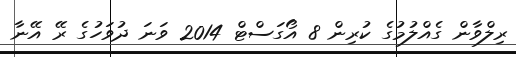
ރިލްވާން ގެއްލުމުގެ ކުރިން 8 އޯގަސްޓް 2014 ވަނަ ދުވަހުގެ ރޭ އޭނާ